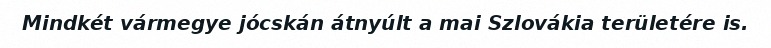
Mindkét vármegye jócskán átnyúlt a mai Szlovákia területére is.